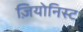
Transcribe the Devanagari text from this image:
ज़ियोनिस्ट